Vaccination in Burma 1920-1933 - 1920-1933
Year: 1920
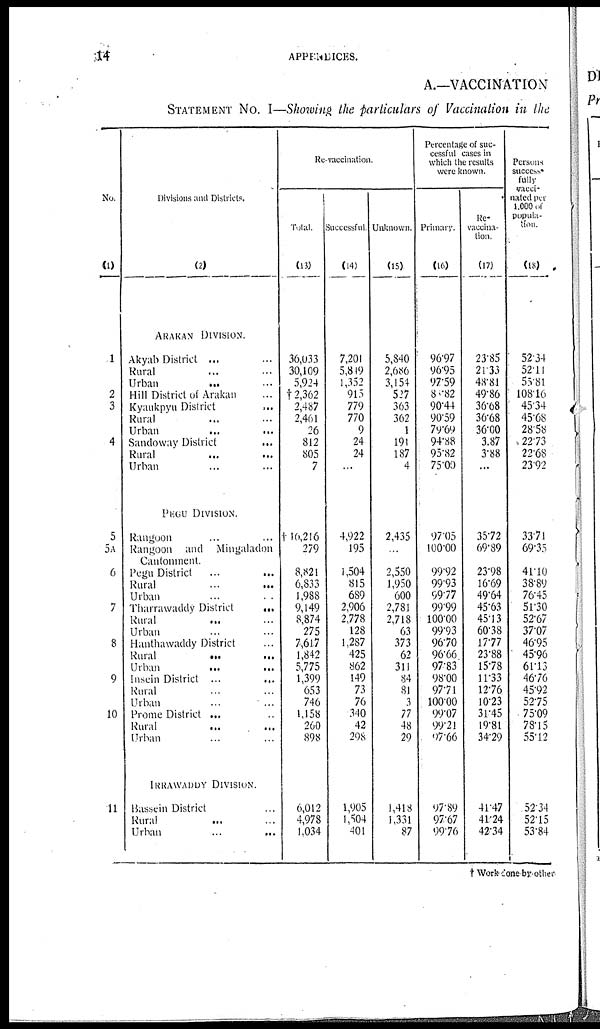
14
APPENDICES.
A.—VACCINATION
STATEMENT NO. I—Showing the particulars of Vaccination in the
No.
(1)
1
2
3
4
5
5A
6
7
8
9
10
11
Divisions and Districts.
(2)
ARAKAN DIVISION.
Akyab District ... ...
Rural ... ...
Urban
...
...
Hill District of Arakan ...
Kyaukpyu District ...
Rural ... ...
Urban
...
...
Sandoway District
...
Rural ... ...
Urban ... ...
PEGU DIVISION.
Rangoon ... ...
Rangoon and Mingaladon
Cantonment.
Pegu District ... ...
Rural ... ...
Urban ... ...
Tharrawaddy District
...
Rural ... ...
Urban ... ...
Hanthawaddy District ...
Rural
...
...
Urban ... ...
Insein District
...
...
Rural ... ...
Urban ... ...
Prome District ... ...
Rural ... ...
Urban ... ...
IRRAWADDY DIVISION.
Bashein District ...
Rural ... ...
Urban
...
...
Re-vaccination.
Total.
(13)
36,033
30,109
5,924
†2,362
2,487
2,461
26
812
805
7
† 16,216
279
8,821
6,833
1,988
9,149
8,874
275
7,617
1,842
5,775
1,399
653
746
1,158
260
898
6,012
4,978
1,034
Successful.
(14)
7,201
5,819
1,352
915
779
770
9
24
24
...
4,922
195
1,504
815
689
2,906
2,778
128
1,287
425
862
149
73
76
340
42
298
1,905
1,504
401
Unknown.
(15)
5,840
2,686
3,154
527
363
362
1
191
187
4
2,435
...
2,550
1,950
600
2,781
2,718
63
373
62
311
84
81
3
77
48
29
1,418
1,331
87
Percentage of suc-
cessful cases in
which the results
were known.
Primary.
(16)
96.97
9695
97.59
80.82
90.44
90.59
79.69
94.88
95.82
75.00
97.05
100.00
99.92
99.93
99.77
99.99
100.00
99.93
96.70
96.66
97.83
98.00
97.71
100.00
99.07
99.21
97.66
97.89
97.67
99.76
Re-
vaccina-
tion.
(17)
23.85
21.33
48.81
49.86
36.68
36.68
36.00
3.87
3.88
...
35.72
69.89
23.98
16.69
49.64
45.63
45.13
60.38
17.77
23.88
15.78
11.33
12.76
10.23
31.45
19.81
34.29
41.47
41.24
42.34
Persons
success-
fully
vacci-
nated per-
1,000 of
popula-
tion.
(18)
52.34
52.11
55.81
108.16
45.34
45.68
28.58
22.73
22.68
23.92
33.71
69.35
41.10
38.89
76.45
51.30
52.67
37.07
46.95
45.96
61.13
46.76
45.92
52.75
75.09
78.15
55.12
52.34
52.15
53.84
† Work done by other